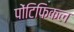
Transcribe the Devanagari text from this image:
पोंटिफिकल